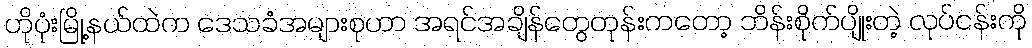
ဟိုပုံးမြို့နယ်ထဲက ဒေသခံအများစုဟာ အရင်အချိန်တွေတုန်းကတော့ ဘိန်းစိုက်ပျိုးတဲ့ လုပ်ငန်းကို